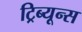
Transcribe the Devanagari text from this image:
ट्रिब्यून्स